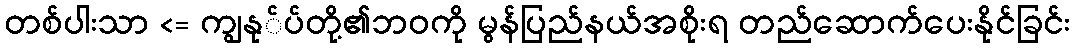
တစ်ပါးသာ <= ကျွနု်ပ်တို့၏ဘဝကို မွန်ပြည်နယ်အစိုးရ တည်ဆောက်ပေးနိုင်ခြင်း